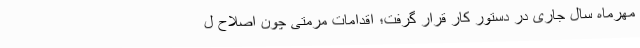
مهرماه سال جاری در دستور کار قرار گرفت؛ اقدامات مرمتی چون اصلاح ل